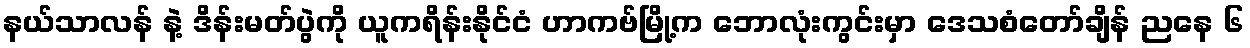
နယ်သာလန် နဲ့ ဒိန်းမတ်ပွဲကို ယူကရိန်းနိုင်ငံ ဟာကဗ်မြို့က ဘောလုံးကွင်းမှာ ဒေသစံတော်ချိန် ညနေ ၆